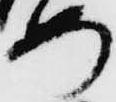
め